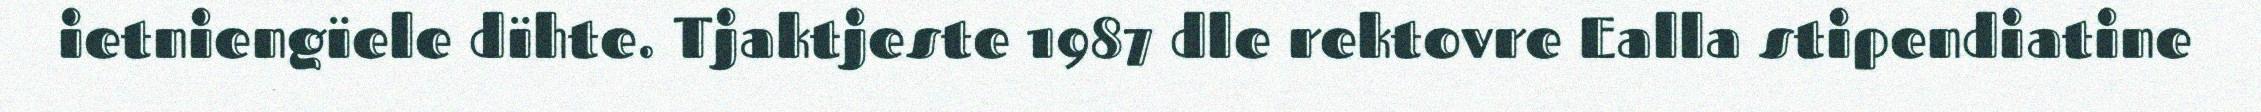
ietniengïele dïhte. Tjaktjeste 1987 dle rektovre Ealla stipendiatine